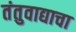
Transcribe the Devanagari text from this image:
तंतुवाद्याचा